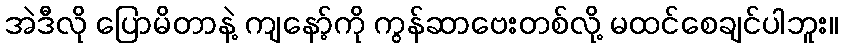
အဲဒီလို ပြောမိတာနဲ့ ကျနော့်ကို ကွန်ဆာဗေးတစ်လို့ မထင်စေချင်ပါဘူး။